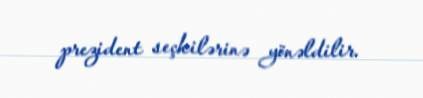
prezident seçkilərinə yönəldilir.